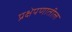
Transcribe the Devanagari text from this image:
प्रक्षेपणातील